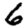
Digit: 6